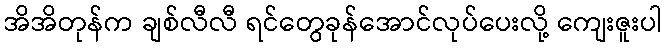
အိအိတုန်က ချစ်လီလီ ရင်တွေခုန်အောင်လုပ်ပေးလို့ ကျေးဇူးပါ